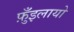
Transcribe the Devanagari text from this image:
फ़ुँइलायो